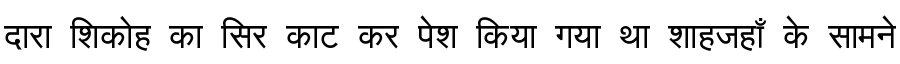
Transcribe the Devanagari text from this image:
दारा शिकोह का सिर काट कर पेश किया गया था शाहजहाँ के सामने